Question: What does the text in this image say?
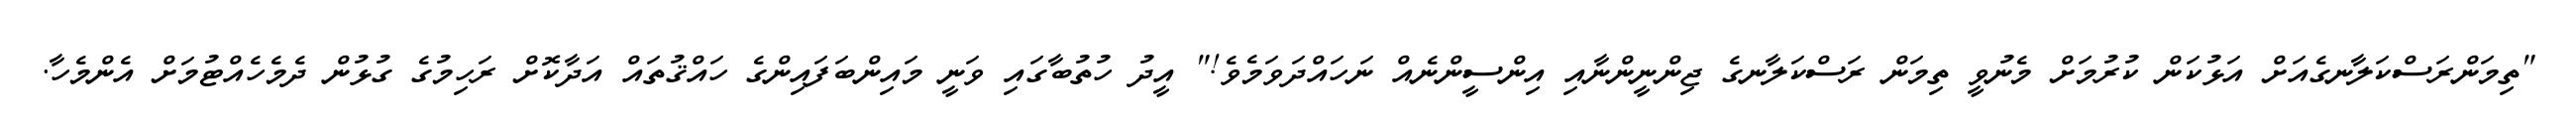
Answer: "ތިމަންރަސްކަލާނގެއަށް އަޅުކަން ކުރުމަށް މެނުވީ ތިމަން ރަސްކަލާނގެ ޖިންނީންނާއި އިންސީންނެއް ނަހައްދަވަމެވެ!" އީދު ހުތުބާގައި ވަނީ މައިންބަފައިންގެ ހައްޤުތައް އަދާކޮށް ރަހިމުގެ ގުޅުން ދެމެހެއްޓުމަށް އެންމެހާ.